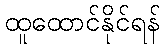
ထူထောင်နိုင်ရန်